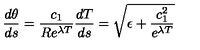
\frac { d \theta } { d s } = \frac { c _ { 1 } } { R e ^ { \lambda T } } \frac { d T } { d s } = \sqrt { \epsilon + \frac { c _ { 1 } ^ { 2 } } { e ^ { \lambda T } } }